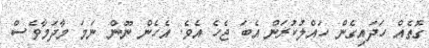
ގޮތެއް ހަދައިގެން ހައްލުކުރަން އެބަ ޖެހެ އެވެ. އެހެން ނޫން ނަމަ މާދަމާވެސް